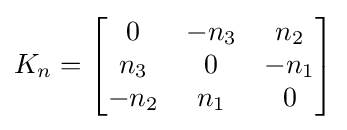
K_{n}={\begin{bmatrix}0&-n_{3}&n_{2}\\n_{3}&0&-n_{1}\\-n_{2}&n_{1}&0\\\end{bmatrix}}